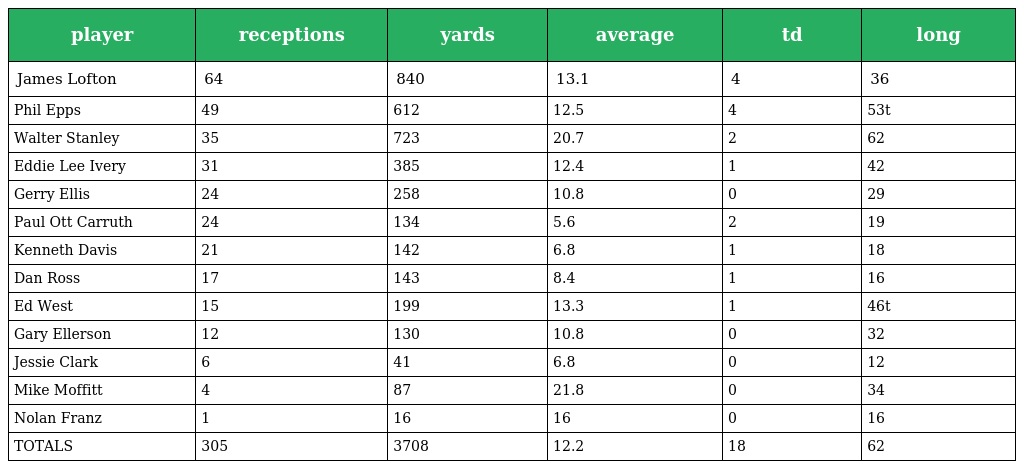
| player | receptions | yards | average | td | long |
 | --- | --- | --- | --- | --- | --- |
 | James Lofton | 64 | 840 | 13.1 | 4 | 36 |
 | Phil Epps | 49 | 612 | 12.5 | 4 | 53t |
 | Walter Stanley | 35 | 723 | 20.7 | 2 | 62 |
 | Eddie Lee Ivery | 31 | 385 | 12.4 | 1 | 42 |
 | Gerry Ellis | 24 | 258 | 10.8 | 0 | 29 |
 | Paul Ott Carruth | 24 | 134 | 5.6 | 2 | 19 |
 | Kenneth Davis | 21 | 142 | 6.8 | 1 | 18 |
 | Dan Ross | 17 | 143 | 8.4 | 1 | 16 |
 | Ed West | 15 | 199 | 13.3 | 1 | 46t |
 | Gary Ellerson | 12 | 130 | 10.8 | 0 | 32 |
 | Jessie Clark | 6 | 41 | 6.8 | 0 | 12 |
 | Mike Moffitt | 4 | 87 | 21.8 | 0 | 34 |
 | Nolan Franz | 1 | 16 | 16 | 0 | 16 |
 | TOTALS | 305 | 3708 | 12.2 | 18 | 62 |